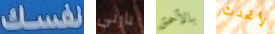
نفسك بارني بالأحمق لأتحدث